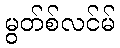
မွတ်စ်လင်မ်